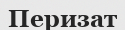
Перизат